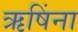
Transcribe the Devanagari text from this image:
ऋषिंना